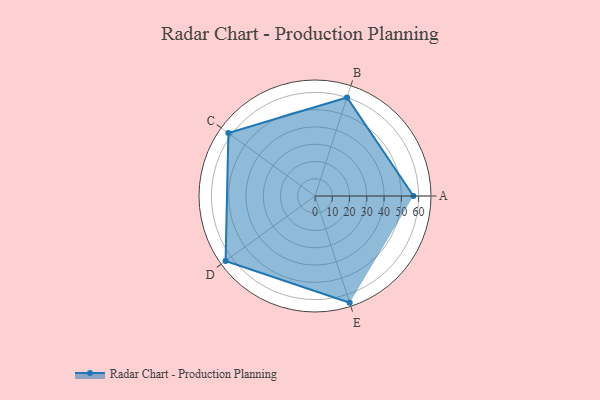
{"axis": {"x": "Skill", "y": "Score"}, "legend": ["Profile"], "data": [{"x": "A", "y": 57.0, "type": "Profile"}, {"x": "B", "y": 60.0, "type": "Profile"}, {"x": "C", "y": 62.0, "type": "Profile"}, {"x": "D", "y": 64.0, "type": "Profile"}, {"x": "E", "y": 65.0, "type": "Profile"}]}